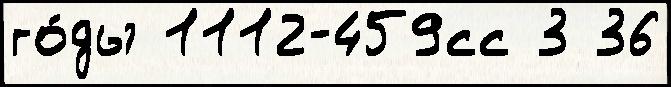
го́ды 1112-459сс 3 36